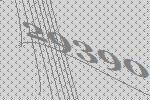
29390